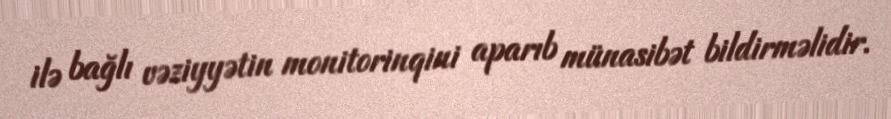
ilə bağlı vəziyyətin monitorinqini aparıb münasibət bildirməlidir.